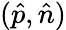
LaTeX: (\hat{p},\hat{n})